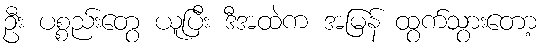
ဦး ပစ္စည်းတွေ ယူပြီး ဒီအထဲက အမြန် ထွက်သွားတော့